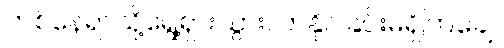
တစ်နေရာသို့ရွေ့ရှားသွားလာနိုင်ခြင်းမရှိကြချေ။